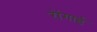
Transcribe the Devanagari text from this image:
रोंगाई